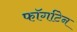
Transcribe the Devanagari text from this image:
फॉर्गाटेन